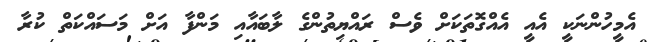
އެމީހުންނަކީ އެއީ އެއްގޮތަކަށް ވެސް ރައްޔިތުންގެ ލާބައާއި މަންފާ އަށް މަސައްކަތް ކުރާ